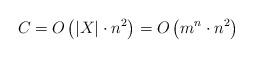
LaTeX: \begin{align*}C_{} = O\left( |X| \cdot n^2 \right) = O\left( m^n \cdot n^2 \right)\end{align*}